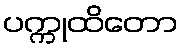
ပက္ကုထိတော